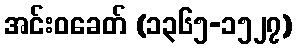
အင်းဝခေတ် (၁၃၆၅-၁၅၂၇)